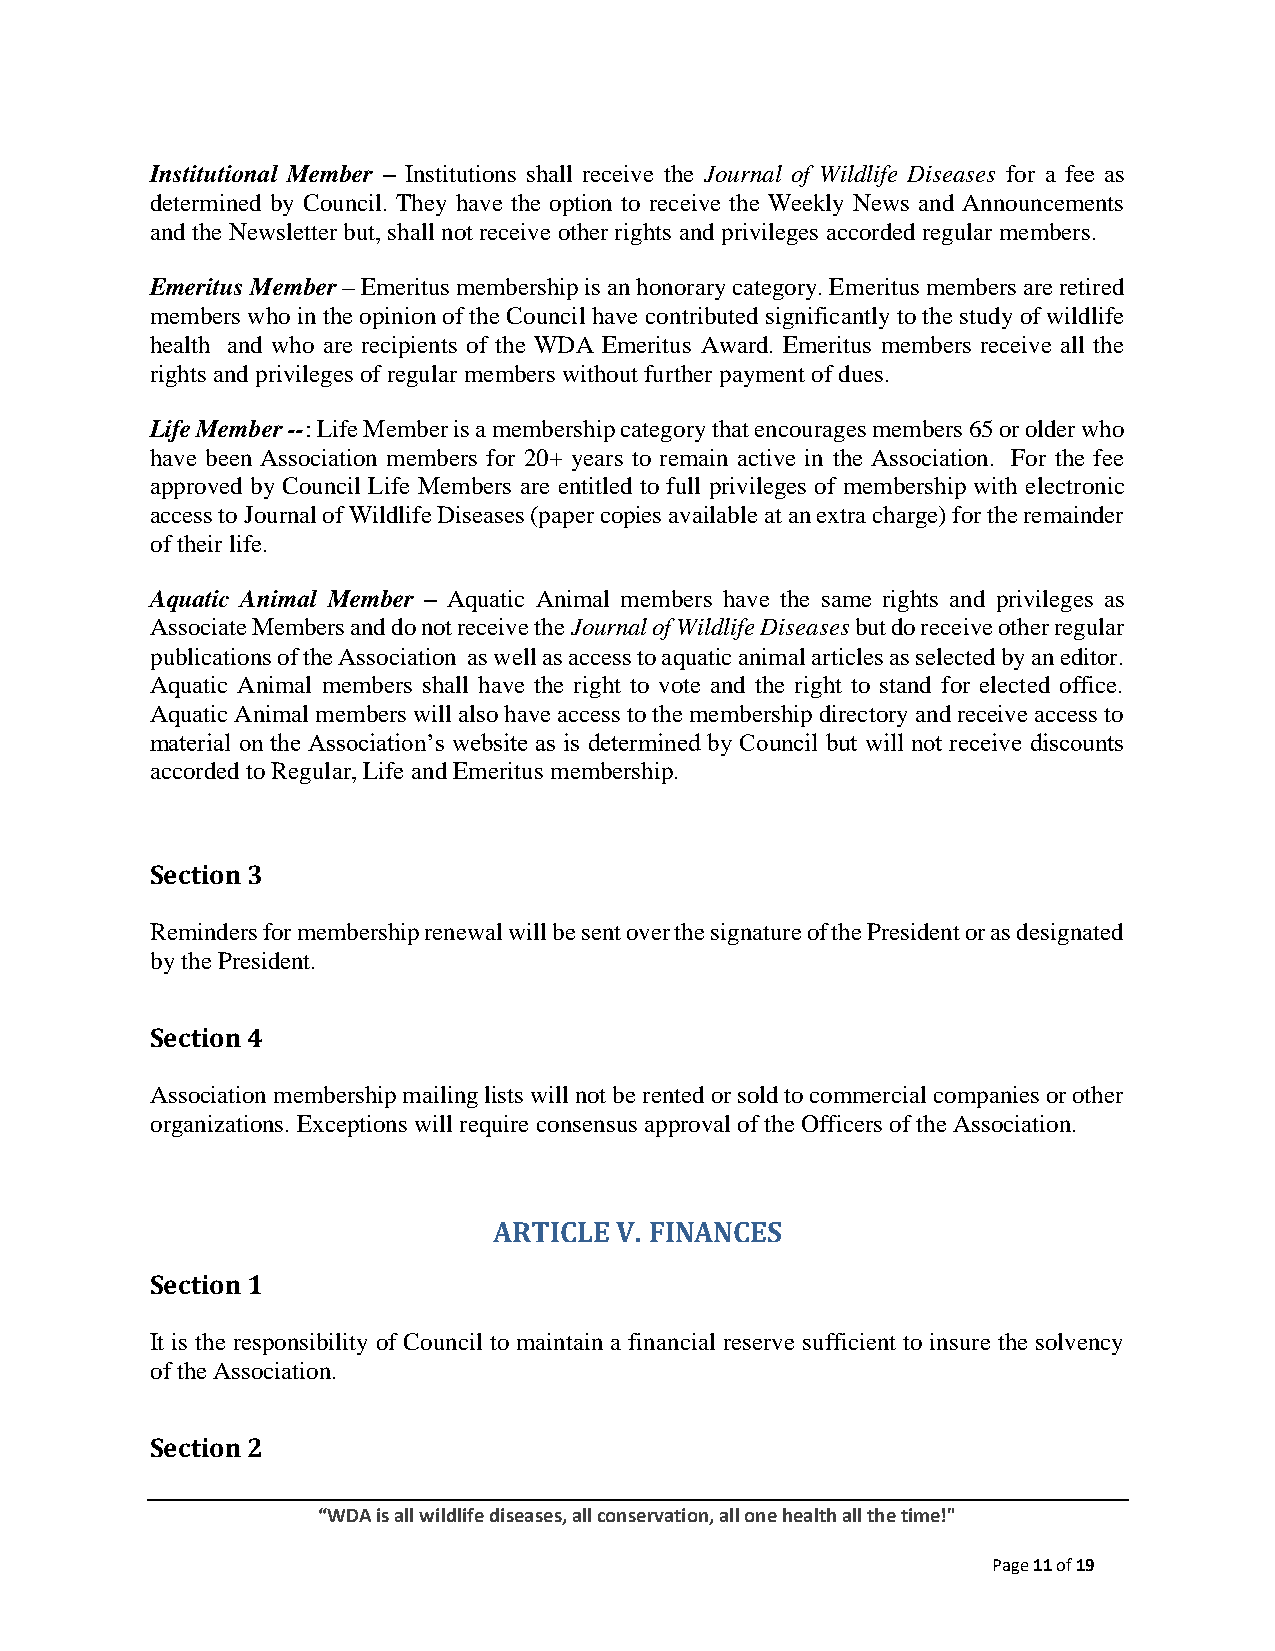
Institutional Member – Institutions shall receive the Journal of Wildlife Diseases for a fee as
 determined by Council. They have the option to receive the Weekly News and Announcements
 and the Newsletter but, shall not receive other rights and privileges accorded regular members.
 Emeritus Member – Emeritus membership is an honorary category. Emeritus members are retired
 members who in the opinion of the Council have contributed significantly to the study of wildlife
 health and who are recipients of the WDA Emeritus Award. Emeritus members receive all the
 rights and privileges of regular members without further payment of dues.
 Life Member --: Life Member is a membership category that encourages members 65 or older who
 have been Association members for 20+ years to remain active in the Association. For the fee
 approved by Council Life Members are entitled to full privileges of membership with electronic
 access to Journal of Wildlife Diseases (paper copies available at an extra charge) for the remainder
 of their life.
 Aquatic Animal Member – Aquatic Animal members have the same rights and privileges as
 Associate Members and do not receive the Journal of Wildlife Diseases but do receive other regular
 publications of the Association as well as access to aquatic animal articles as selected by an editor.
 Aquatic Animal members shall have the right to vote and the right to stand for elected office.
 Aquatic Animal members will also have access to the membership directory and receive access to
 material on the Association’s website as is determined by Council but will not receive discounts
 accorded to Regular, Life and Emeritus membership.
 Section 3
 Reminders for membership renewal will be sent over the signature of the President or as designated
 by the President.
 Section 4
 Association membership mailing lists will not be rented or sold to commercial companies or other
 organizations. Exceptions will require consensus approval of the Officers of the Association.
 ARTICLE V. FINANCES
 Section 1
 It is the responsibility of Council to maintain a financial reserve sufficient to insure the solvency
 of the Association.
 Section 2
 “WDA is all wildlife diseases, all conservation, all one health all the time!"
 Page 11 of 19